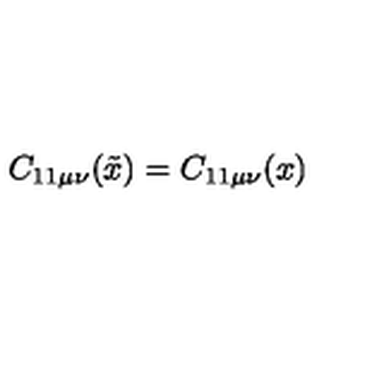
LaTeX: C _ { 1 1 \mu \nu } ( \tilde { x } ) = C _ { 1 1 \mu \nu } ( x )